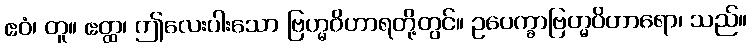
ဧဝံ၊ တူ။ ဧတ္ထ၊ ဤလေးပါးသော ဗြဟ္မဝိဟာရတို့တွင်။ ဥပေက္ခာဗြဟ္မဝိဟာရော၊ သည်။